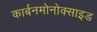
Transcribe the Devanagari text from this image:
कार्बनमोनोक्साइड